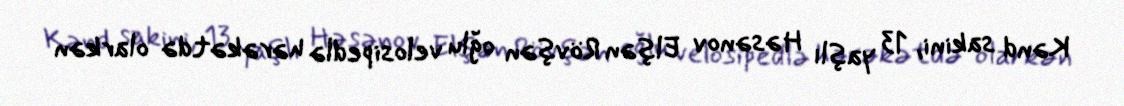
Kənd sakini, 13 yaşlı Həsənov Elşən Rövşən oğlu velosipedlə hərəkətdə olarkən